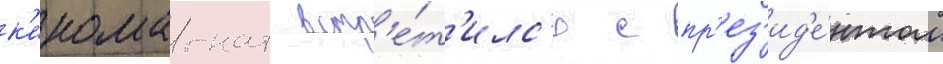
к'иномагнат встр'е́т'илс'я с пр'ез'ид'е́нтом